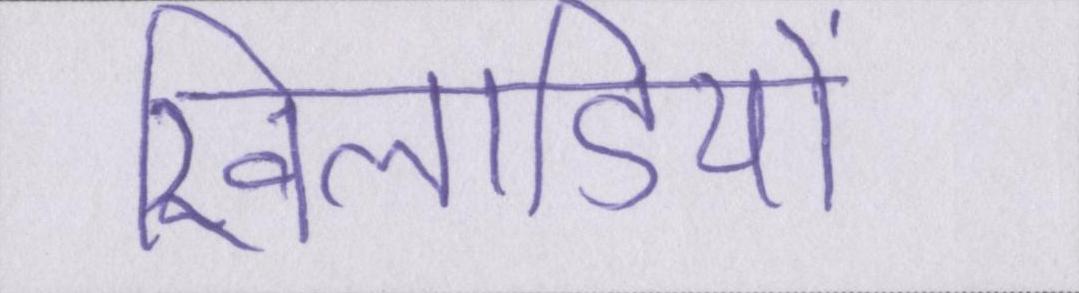
खिलाडियों